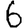
Digit: 6